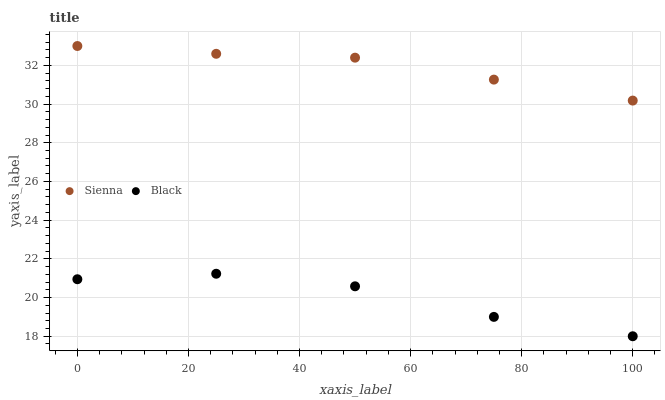
| xaxis_label | Sienna | Black |
 | --- | --- | --- |
 | 0 | 33 | 20.9 |
 | 25 | 32.6 | 21.2 |
 | 50 | 32.4 | 20.6 |
 | 75 | 31.3 | 19 |
 | 100 | 30.2 | 18 |